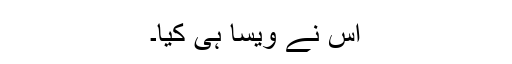
اُس نے وَیسا ہی کِیا۔